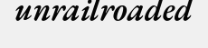
unrailroaded